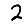
Digit: 2